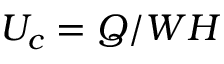
U _ { c } = Q / W H